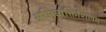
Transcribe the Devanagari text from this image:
अभिव्यक्तिशिलप